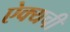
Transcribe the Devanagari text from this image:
ऐक्यची